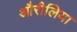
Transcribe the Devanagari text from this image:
औरीलिया